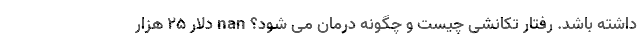
داشته باشد. رفتار تکانشی چیست و چگونه درمان می شود؟ nan دلار ۲۵ هزار